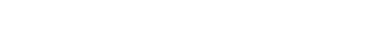
ဆိုတာသိရရင် မင်းတော်တော်အံ့ဩမှာပဲ။